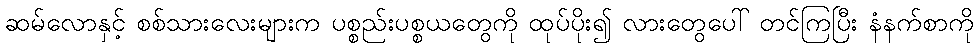
ဆမ်လောနှင့် စစ်သားလေးများက ပစ္စည်းပစ္စယတွေကို ထုပ်ပိုး၍ လားတွေပေါ် တင်ကြပြီး နံနက်စာကို